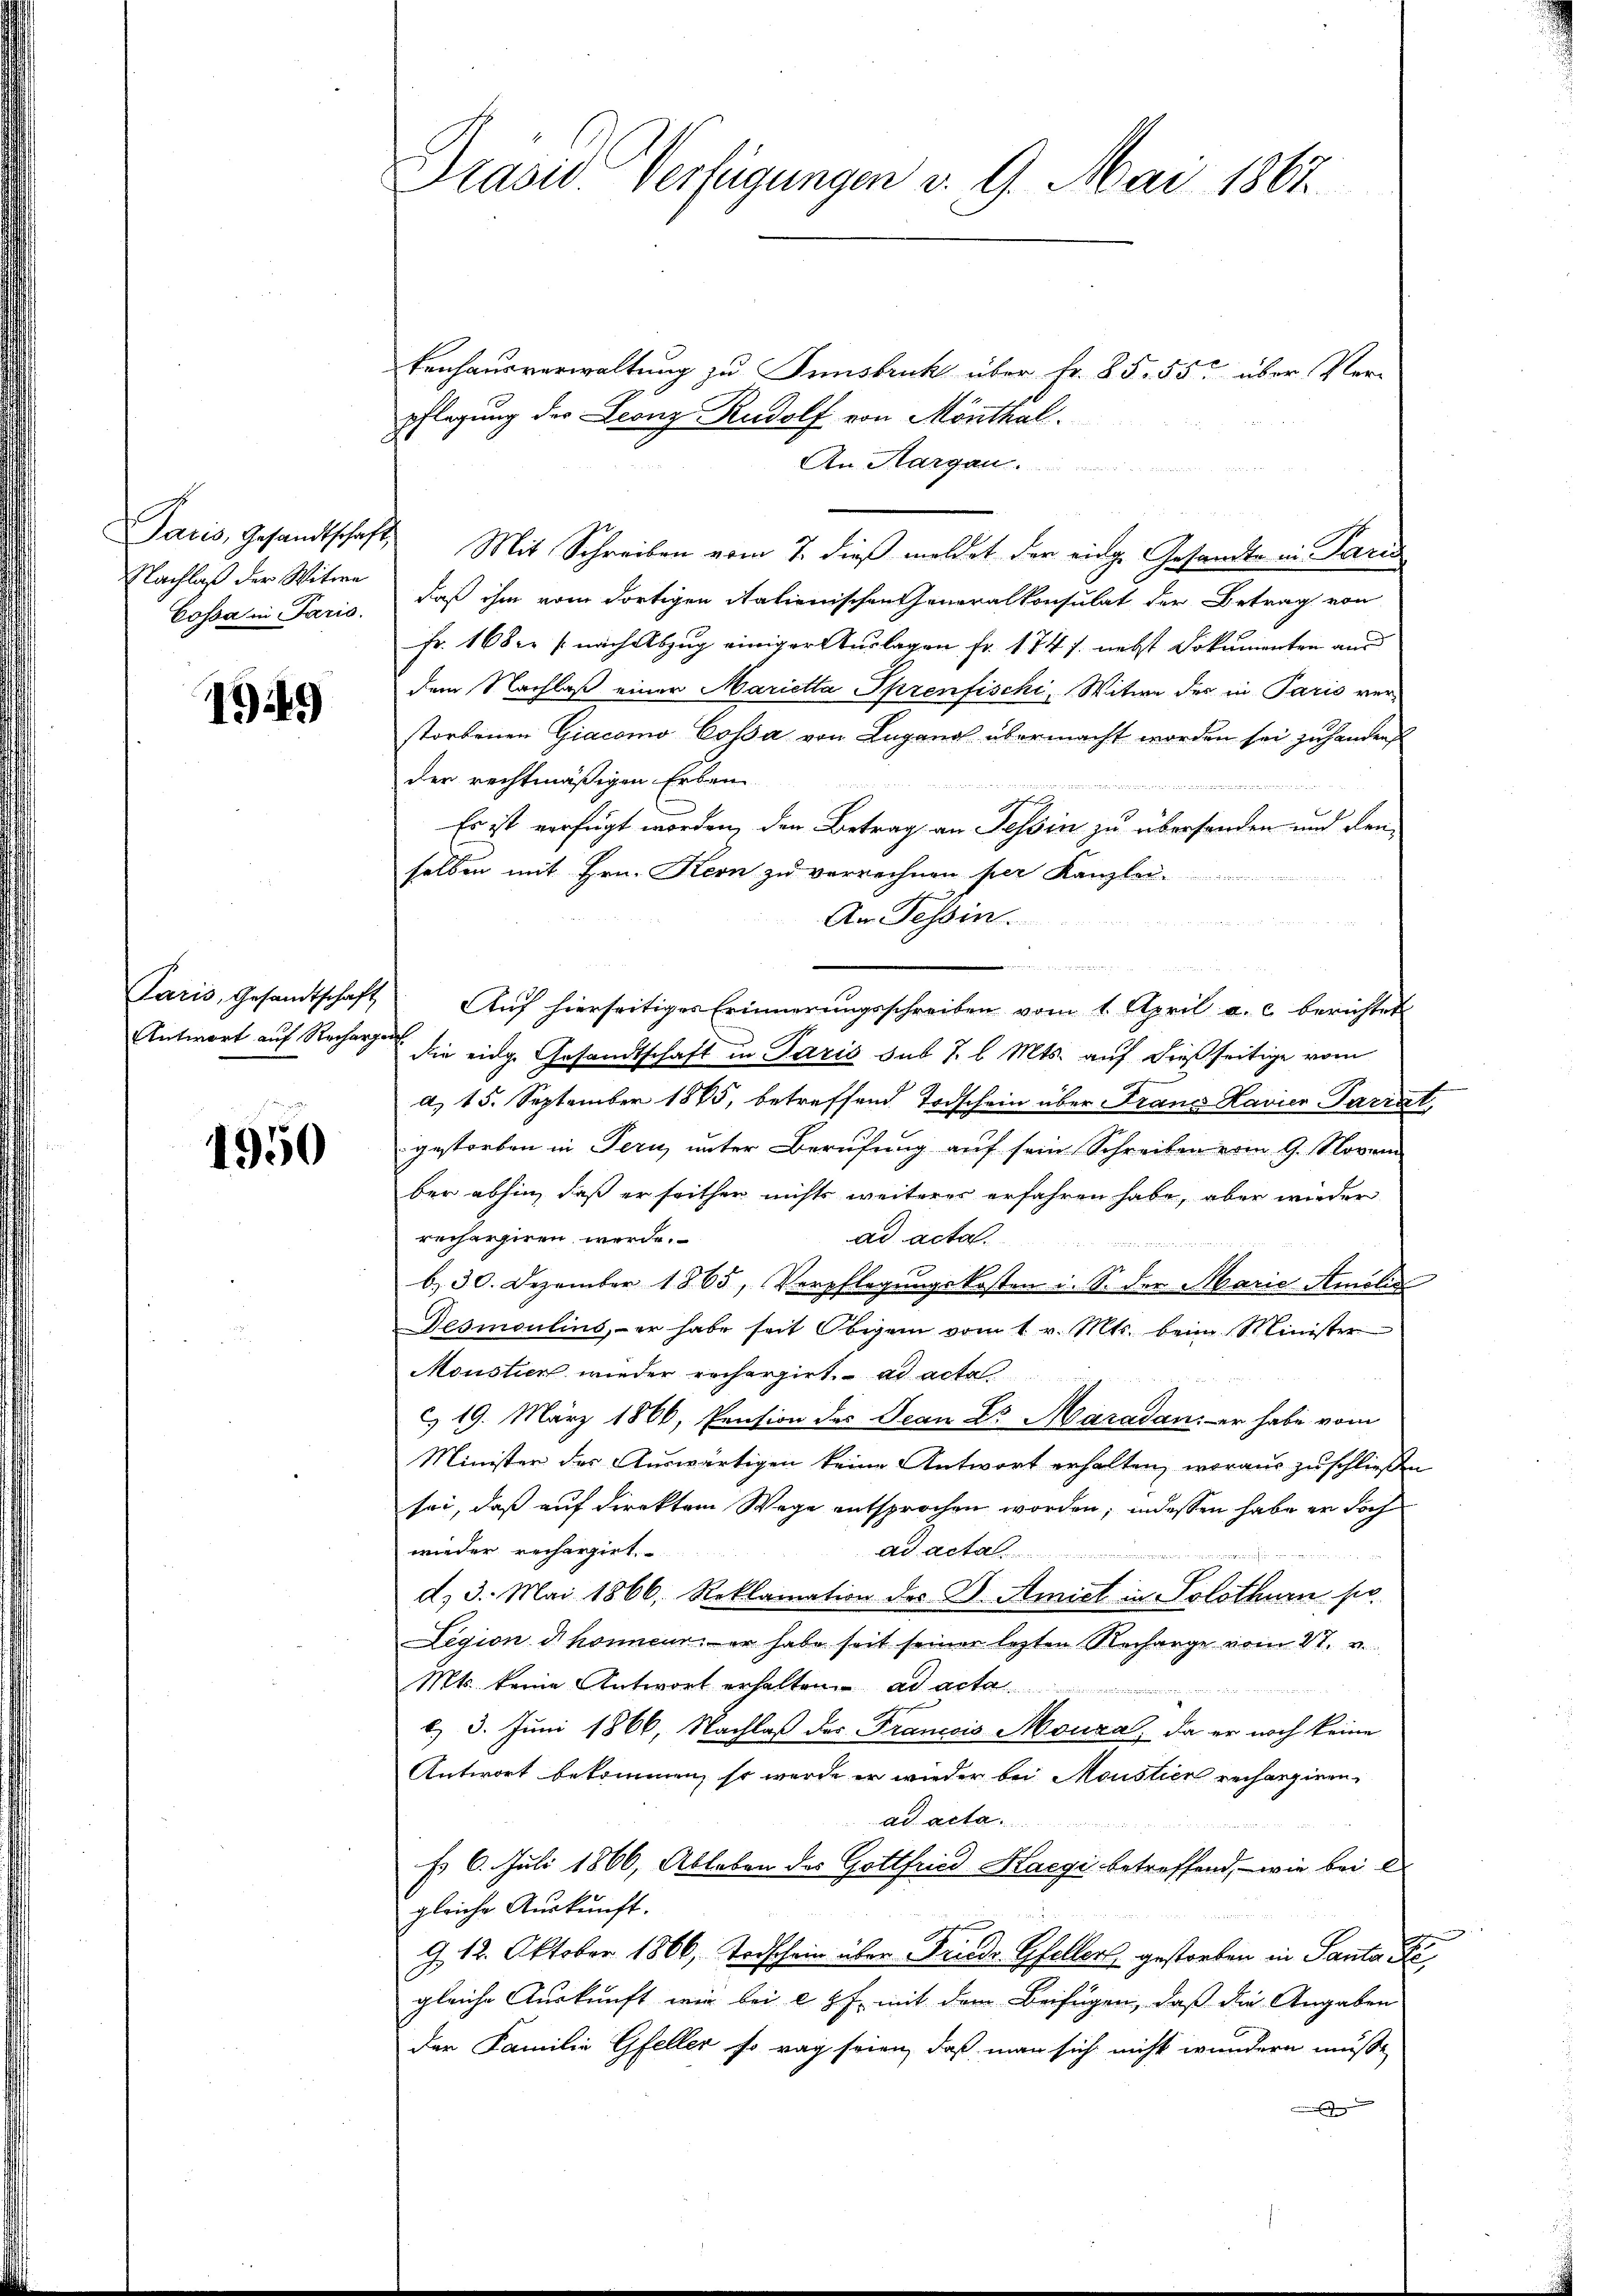
Nachlaß der Witwe

1949

1950

Präsid. Verfügungen v. 9. Mai 1867

kenhausverwaltung zu Innsbruck über fr. 85. 55 über Verpflegung des Leonz Rudolf von Mönthal
An Margau
Jaris, Gesandtschaft, Mit Schreiben vom 7. dieβ meldet der eidge Gesandte in Paris
Cossa in Paris, daß ihm vom dortigen Nationischen Generalkonsulat der Betrag von
Fr. 168er /: nach Abzug einiger Auslagen fr. 174 f. nebst Dokumenten aus
dem Nachlaß einer Mariella Sprenfischi, Witwe der in Paris verstorbenen Giacomo Cossa von Lugand übermacht worden sei zuhanders
der rechtmäßigen Erben

2
A
Es ist verfügt worden, den Betrag an Tessin zu überhanden und den
selben mit Hrn. Kern zu verrechnen per Kanzle
An Tessin.
s
Paris, Gesandtschaft Auf hierseitiges Erinnerungsschreiben vom 1. April a. c. berichtet
Antwort auf Recharge die eidg. Gesandtschaft in Paris sub 7 l. Mts. auf dießseitige vom
a), 15. September 1885, betreffend Todschein über Franz Havier-Parrat,
gestorben in Tern, unter Berufung auf sein Schreiben vom 9. Novem
ber abhin, daß er seither nichts weiterer erfahren habe, aber wieder
ad acta.
rechergiren werde.
b. 30. Dezember 1865, Verpflegungskosten i. S. der Marie Amolić
Desmoulins, – er habe seit Obigen vom 1. v. Mts. beim Minister
Mouslier wieder recherzirt. ad acta
c. 19. März 1866, Pension des Jean Dr. Maradan: er habe vom
Minister der Auswärtigen keine Antwort erhalten, woraus zu schließen
sei, daß auf direktem Wege entsprochen worden; indessen habe er doch
wieder rechargirt
ad acta
d. 3. Mai 1866, Reklamation des Dr. Amict in Solothurn sie
Legion dhonneur, er habe seit seiner lezten Recharge vom 27. v.
Mts. keine Antwort erhalten ad acta
d. 3. Juni 1866, Nachlaß der Francois Monza, da er noch keine
Antwort bekommen, so werde er wieder bei Moustier rechargiren¬
Ad acta
ds 6. Juli 1866, Ableben des Gottfried Kaegi betreffend, wie bei
gleiche Auskunft.
A
G. 12. Oktober 1866, Todschein über Friedr. Gfellers gestorben in Santa Figleiche Auskunft wir bei es J. mit dem Beifügen, daß die Angaben
der Familie Gfeller so rag seien, daß man sich nicht wundern müsse